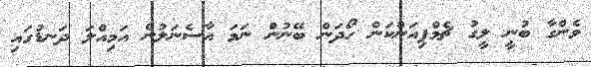
ވެންގާ ބުނީ ލީގު ޗެމްޕިއަންކަން ހޯދަން ބޭނުން ނަމަ އާސެނަލުން އަމިއްލަ ދަނޑުގައި